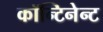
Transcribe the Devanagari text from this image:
कॉन्टिनेन्ट